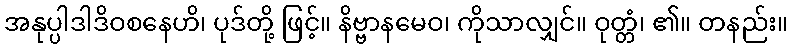
အနုပ္ပါဒါဒိဝစနေဟိ၊ ပုဒ်တို့ ဖြင့်။ နိဗ္ဗာနမေဝ၊ ကိုသာလျှင်။ ဝုတ္တံ၊ ၏။ တနည်း။